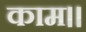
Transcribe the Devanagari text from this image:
काम।।